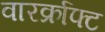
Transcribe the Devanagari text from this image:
वारर्क्राफ्ट